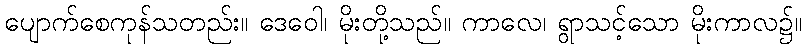
ပျောက်စေကုန်သတည်း။ ဒေဝေါ၊ မိုးတို့သည်။ ကာလေ၊ ရွာသင့်သော မိုးကာလ၌။